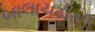
બાલાચડીથી